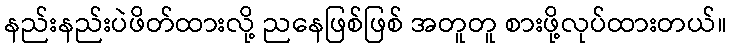
နည်းနည်းပဲဖိတ်ထားလို့ ညနေဖြစ်ဖြစ် အတူတူ စားဖို့လုပ်ထားတယ်။